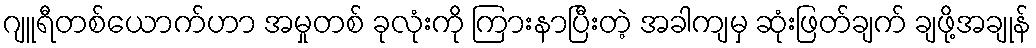
ဂျူရီတစ်ယောက်ဟာ အမှုတစ် ခုလုံးကို ကြားနာပြီးတဲ့ အခါကျမှ ဆုံးဖြတ်ချက် ချဖို့အချုန်